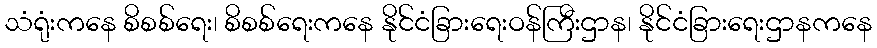
သံရုံးကနေ စိစစ်ရေး၊ စိစစ်ရေးကနေ နိုင်ငံခြားရေးဝန်ကြီးဌာန၊ နိုင်ငံခြားရေးဌာနကနေ